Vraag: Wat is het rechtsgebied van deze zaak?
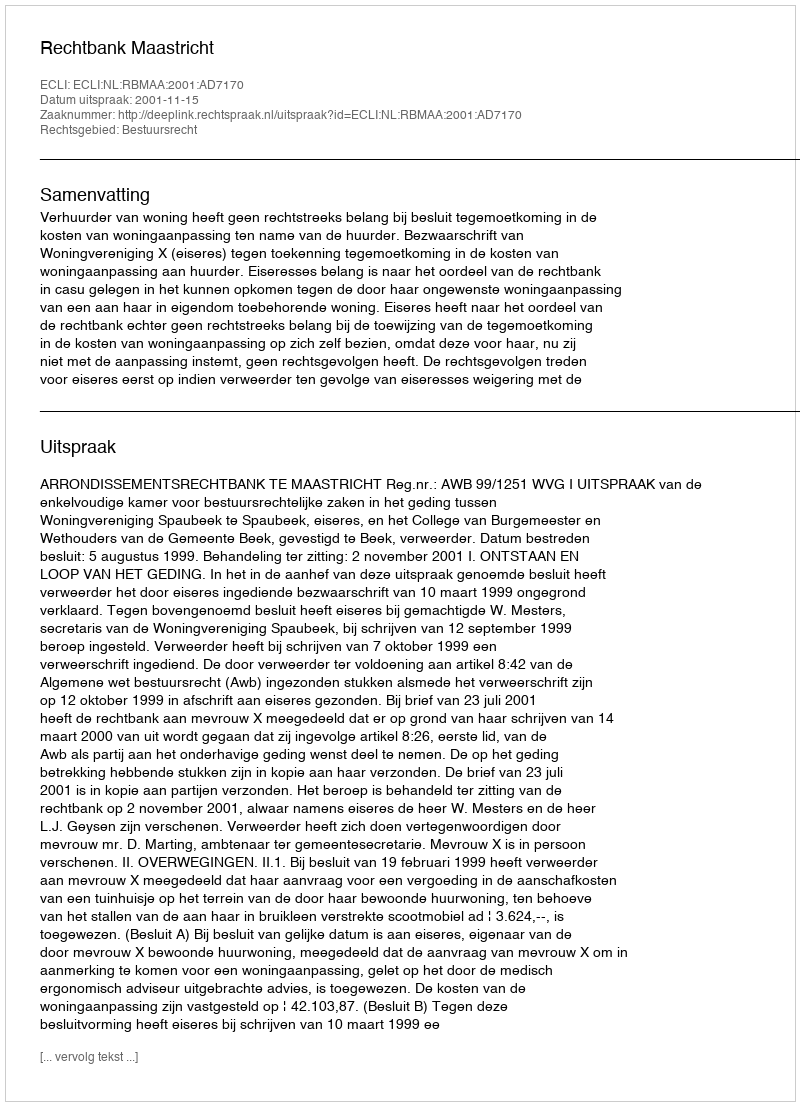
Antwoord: Bestuursrecht